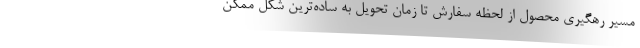
مسیر رهگیری محصول از لحظه سفارش تا زمان تحویل به ساده‌ترین شکل ممکن